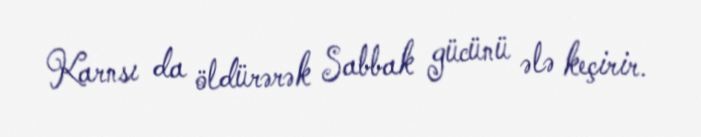
Karnsı da öldürərək Sabbak gücünü ələ keçirir.